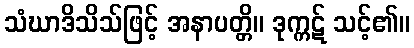
သံဃာဒိသိသ်ဖြင့် အနာပတ္တိ။ ဒုက္ကဋ် သင့်၏။